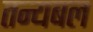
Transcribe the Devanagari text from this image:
तन्यबल